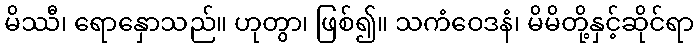
မိဿီ၊ ရောနှောသည်။ ဟုတွာ၊ ဖြစ်၍။ သကံဝေဒနံ၊ မိမိတို့နှင့်ဆိုင်ရာ